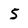
Character: 5